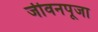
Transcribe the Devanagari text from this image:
जीवनपूजा